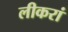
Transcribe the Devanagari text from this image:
लीकरां